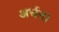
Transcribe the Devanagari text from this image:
अर्चन।